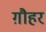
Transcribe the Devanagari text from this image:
ग़ौहर